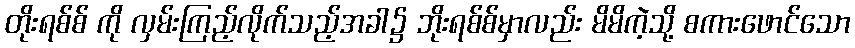
တိုးရစ်စ် ကို လှမ်းကြည့်လိုက်သည့်အခါ၌ ဘိုးရစ်စ်မှာလည်း မိမိကဲ့သို့ စကားဖောင်သော